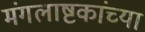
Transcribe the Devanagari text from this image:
मंगलाष्टकांच्या